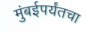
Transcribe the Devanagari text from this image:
मुंबईपर्यंतचा